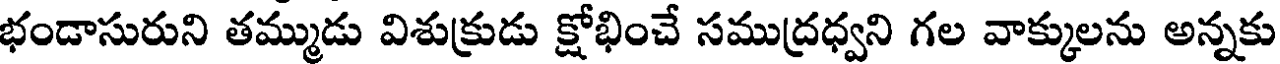
భండాసురుని తమ్ముడు విశుక్రుడు క్షోభించే సముద్రధ్వని గల వాక్కులను అన్నకు